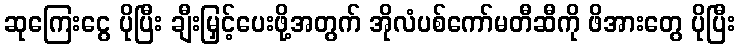
ဆုကြေးငွေ ပိုပြီး ချီးမြှင့်ပေးဖို့အတွက် အိုလံပစ်ကော်မတီဆီကို ဖိအားတွေ ပိုပြီး